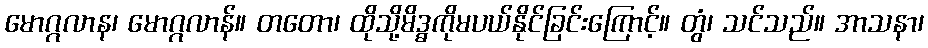
မောဂ္ဂလာန၊ မောဂ္ဂလာန်။ တတော၊ ထိုသို့မိဒ္ဓကိုမပယ်နိုင်ခြင်းကြောင့်။ တွံ၊ သင်သည်။ အာသနာ၊